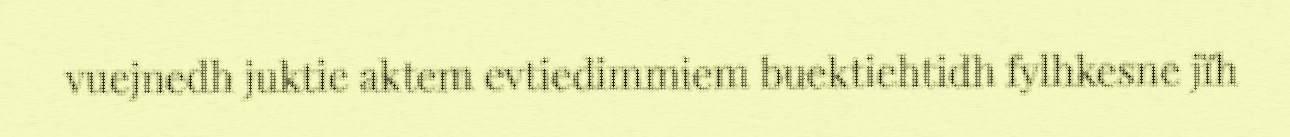
vuejnedh juktie aktem evtiedimmiem buektiehtidh fylhkesne jïh